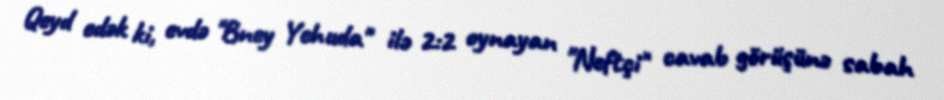
Qeyd edək ki, evdə "Bney Yehuda" ilə 2:2 oynayan "Neftçi" cavab görüşünə sabah